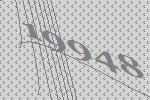
19948